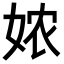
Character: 𭑸